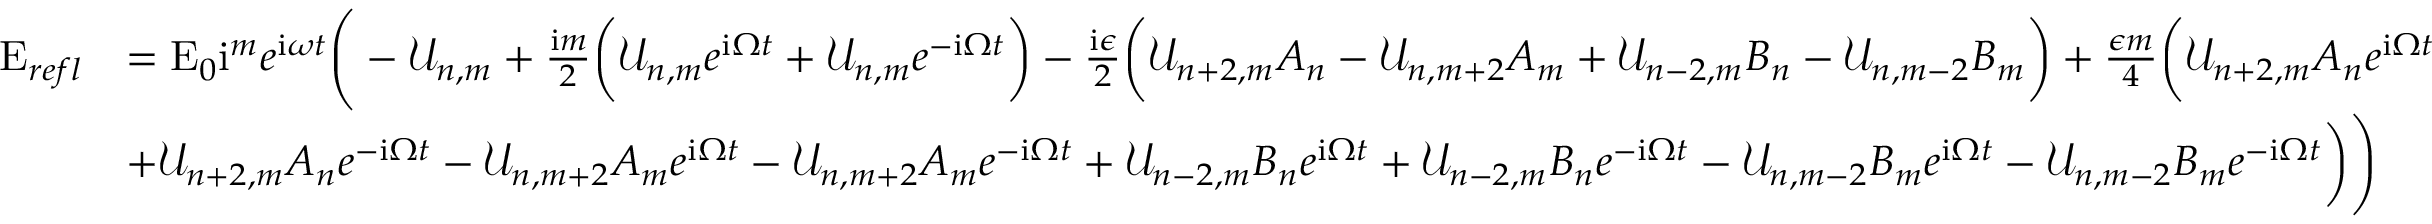
\begin{array} { r l } { \mathrm { E } _ { r e f l } } & { = \mathrm { E } _ { 0 } \mathrm { i } ^ { m } e ^ { \mathrm { i } \omega t } \Bigg ( - \mathcal { U } _ { n , m } + \frac { \mathrm { i } m } { 2 } \bigg ( \mathcal { U } _ { n , m } e ^ { \mathrm { i } \Omega t } + \mathcal { U } _ { n , m } e ^ { - \mathrm { i } \Omega t } \bigg ) - \frac { \mathrm { i } \epsilon } { 2 } \bigg ( \mathcal { U } _ { n + 2 , m } A _ { n } - \mathcal { U } _ { n , m + 2 } A _ { m } + \mathcal { U } _ { n - 2 , m } B _ { n } - \mathcal { U } _ { n , m - 2 } B _ { m } \bigg ) + \frac { \epsilon m } { 4 } \bigg ( \mathcal { U } _ { n + 2 , m } A _ { n } e ^ { \mathrm { i } \Omega t } } \\ & { + \mathcal { U } _ { n + 2 , m } A _ { n } e ^ { - \mathrm { i } \Omega t } - \mathcal { U } _ { n , m + 2 } A _ { m } e ^ { \mathrm { i } \Omega t } - \mathcal { U } _ { n , m + 2 } A _ { m } e ^ { - \mathrm { i } \Omega t } + \mathcal { U } _ { n - 2 , m } B _ { n } e ^ { \mathrm { i } \Omega t } + \mathcal { U } _ { n - 2 , m } B _ { n } e ^ { - \mathrm { i } \Omega t } - \mathcal { U } _ { n , m - 2 } B _ { m } e ^ { \mathrm { i } \Omega t } - \mathcal { U } _ { n , m - 2 } B _ { m } e ^ { - \mathrm { i } \Omega t } \bigg ) \Bigg ) } \end{array}